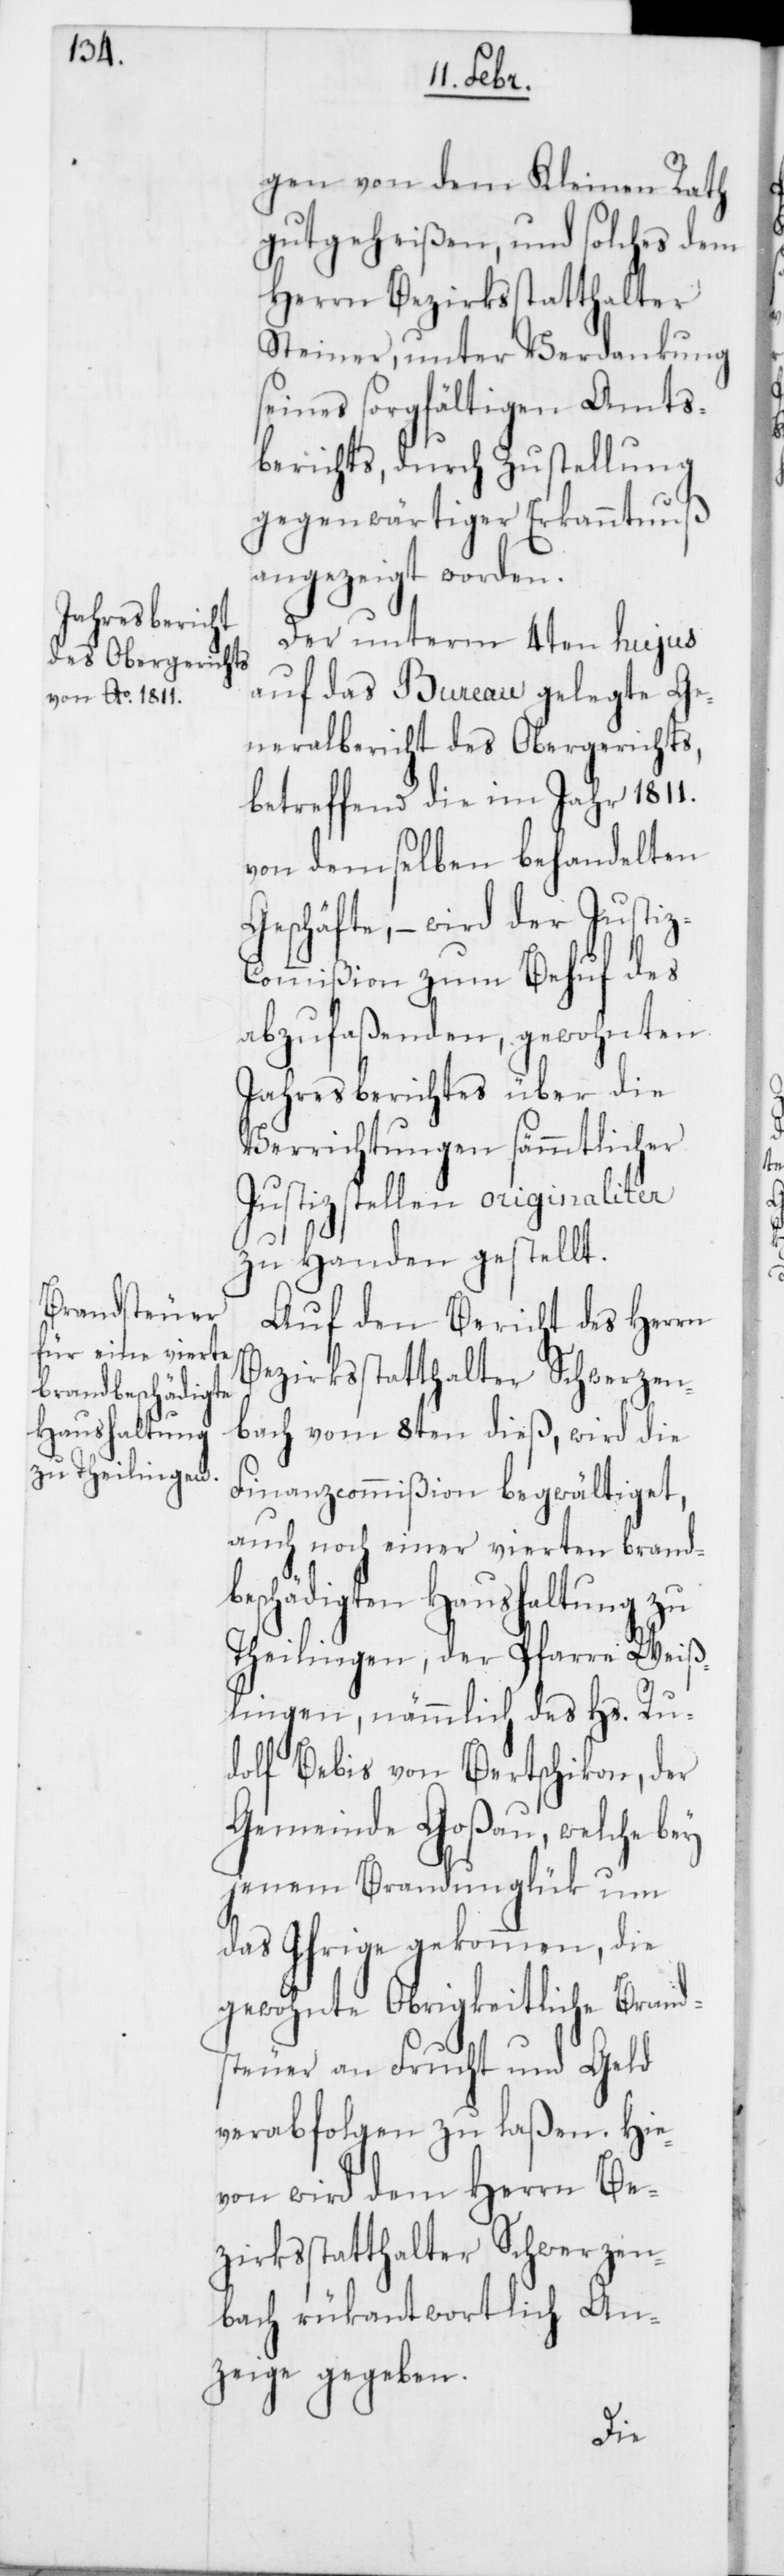
gen von dem Kleinen Rath
gutgeheißen, und solches dem
Herrn Bezirksstatthalter
Steiner, unter Verdankung
seines sorgfältigen Amts¬
berichts, durch Zustellung
gegenwärtiger Erkanntnuß
angezeigt worden.
Der unterm 4ten hujus
auf das Bureau gelegte Ge¬
neralbericht des Obergerichts,
betreffend die im Jahr 1811.
von demselben behandelten
Geschäfte, – wird der Justiz-C¬
ommißion zum Behuf des
abzufaßenden, gewohnten
Jahresberichtes über die
Verrichtungen sämmtlicher
Justizstellen originaliter
zu Handen gestellt.
Auf den Bericht des Herrn
Bezirksstatthalter Schwerzen¬
bach vom 8ten dieß, wird die
Finanzcommißion begwältiget,
auch noch einer vierten brand¬
beschädigten Haushaltung zu
Theilingen, der Pfarre Weiß¬
lingen, nämmlich des Hs. Ru¬
dolf Bebis von Bertschikon, der
Gemeinde Goßau, welche bey
jenem Brandunglük um
das Ihrige gekommen, die
gewohnte Obrigkeitliche Brand¬
steuer an Frucht und Geld
verabfolgen zu laßen. Hie¬
von wird dem Herrn Be¬
zirksstatthalter Schwerzen¬
bach rükantwortlich An¬
zeige gegeben.